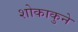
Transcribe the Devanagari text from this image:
शोकाकुने